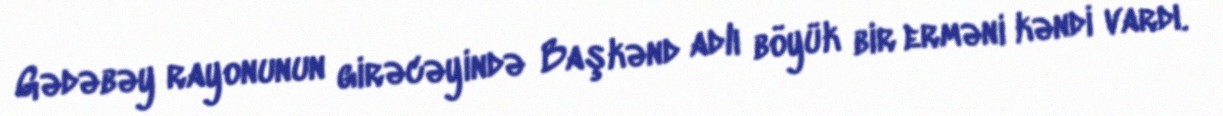
Gədəbəy rayonunun girəcəyində Başkənd adlı böyük bir erməni kəndi vardı.